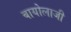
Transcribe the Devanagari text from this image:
बायोलाजी